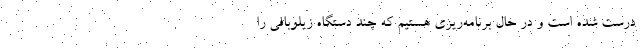
درست شده است و در حال برنامه‌ریزی هستیم که چند دستگاه زیلوبافی را